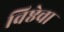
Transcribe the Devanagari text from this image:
विष्ठेचा